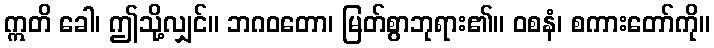
ဣတိ ခေါ၊ ဤသို့လျှင်။ ဘဂဝတော၊ မြတ်စွာဘုရား၏။ ဝစနံ၊ စကားတော်ကို။